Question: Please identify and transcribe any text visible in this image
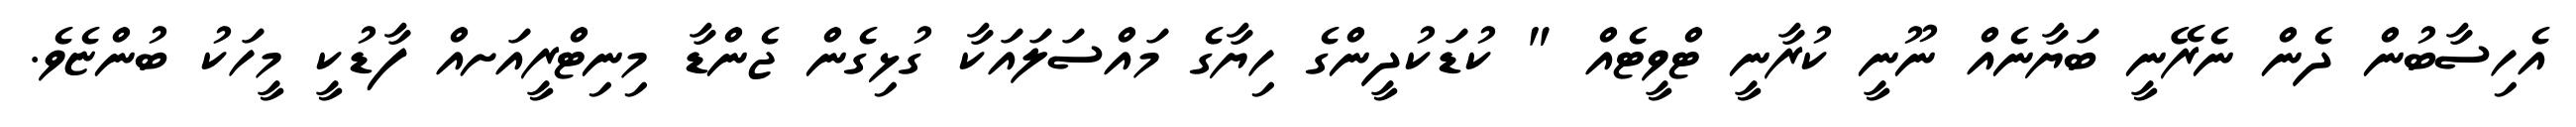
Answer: އެހިސާބުން ދެން ނެރޭނީ ބަޔާނެއް ނޫނީ ކުރާނީ ޓްވީޓެއް " ކުޑަކުދީންގެ ހިޔާގެ މައްސަލައަކާ ގުޅިގެން ޖެންޑާ މިނިޓްރީއަށއް ފާޑުކީ މީހަކު ބުންޏެވެ.